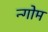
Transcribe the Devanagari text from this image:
न्गोम